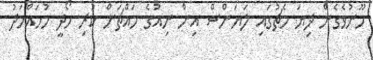
ހޫނުވެގެން ދިޔަ މެޗުގައި ލަޔަންސް އިން ނިއުގެ މައްޗަށް ކުރި ހޯދީ މުހައްމަދު